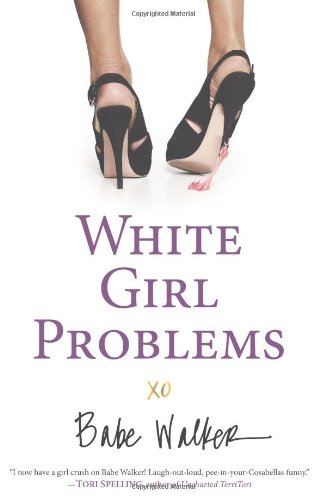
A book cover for White Girl Problems; Babe Walker; Literature & Fiction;